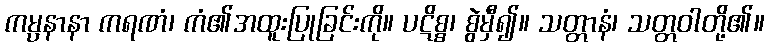
ကမ္ပနာနာ ကရဏံ၊ ကံ၏အထူးပြုခြင်းကို။ ပဋိစ္စ၊ စွဲမှီ၍။ သတ္တာနံ၊ သတ္တဝါတို့၏။